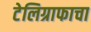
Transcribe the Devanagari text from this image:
टेलिग्राफाचा